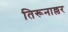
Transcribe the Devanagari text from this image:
तिरूनाल्लर